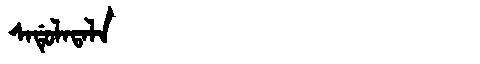
Manchu: ᠰᠠᡩᡠᠯᠠᡨᠠᠯᠠ
Romanization: SADULATALA